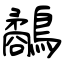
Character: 鷸